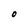
Character: O